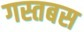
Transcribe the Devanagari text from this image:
गस्तबस